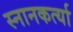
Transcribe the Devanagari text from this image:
स्नानकर्त्या